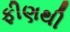
ફીણથી